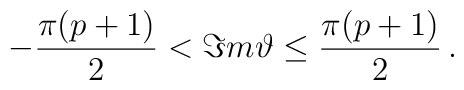
-\frac{\pi (p+1)}{2}<\Im m\vartheta \leq \frac{\pi (p+1)}{2}\, .